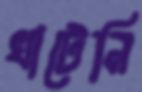
খাটেনি